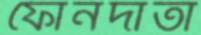
ফোনদাতা